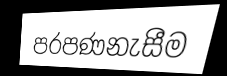
පරපණනැසීම